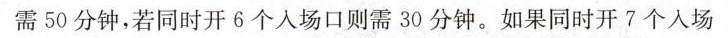
需50分钟，若同时开6个入场口则需30分钟。如果同时开7个入场